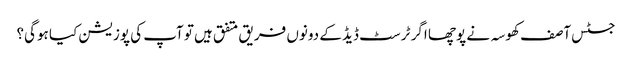
جسٹس آصف کھوسہ نے پوچھا اگر ٹرسٹ ڈیڈ کے دونوں فریق متفق ہیں تو آپ کی پوزیشن کیا ہوگی؟